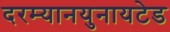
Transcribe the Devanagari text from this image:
दरम्यानयुनायटेड